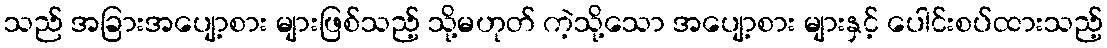
သည် အခြားအပျော့စား များဖြစ်သည့် သို့မဟုတ် ကဲ့သို့သော အပျော့စား များနှင့် ပေါင်းစပ်ထားသည့်